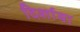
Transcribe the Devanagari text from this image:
दिर्शाया